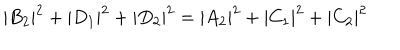
| B _ { 2 } | ^ { 2 } + | D _ { 1 } | ^ { 2 } + | D _ { 2 } | ^ { 2 } = | A _ { 2 } | ^ { 2 } + | C _ { 1 } | ^ { 2 } + | C _ { 2 } | ^ { 2 }